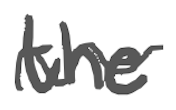
Text: the
Cross-out: wave
Writing tool: digital_gray